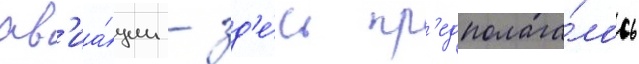
ав'иа́ции - зд'е́сь пр'едполага́лось